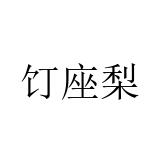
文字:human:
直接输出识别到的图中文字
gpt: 饤座梨